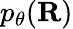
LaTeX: p_{\theta}(\mathbf{R})